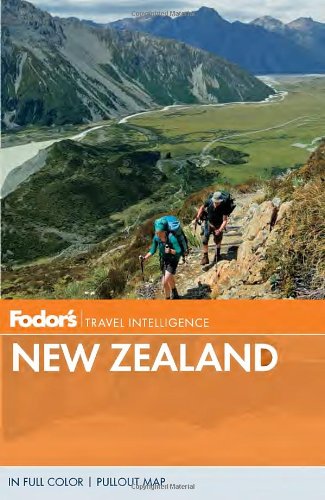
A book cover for Fodor's New Zealand (Full-color Travel Guide); Fodor's; Travel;